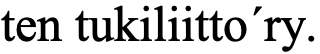
ten tukiliitto´ry.